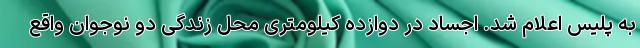
به پلیس اعلام شد. اجساد در دوازده کیلومتری محل زندگی دو نوجوان واقع